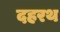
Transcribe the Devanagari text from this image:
दहरथ